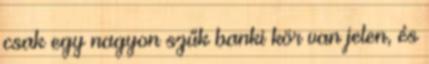
csak egy nagyon szűk banki kör van jelen, és